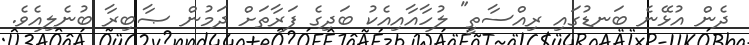
ދެން އުޅޭނެ ބަނޑުގައި ރިއްސާތީ" ލުހާއާއިއެކު ބަދިގެ ފަރާތަށް ދަމުން ޞާބިރާ ބުނެލިއެވެ.